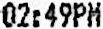
02:49PM